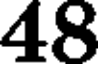
48